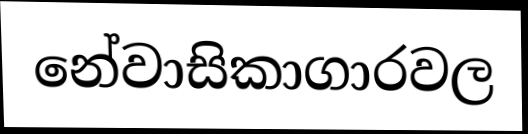
නේවාසිකාගාරවල